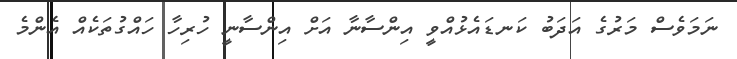
ނަމަވެސް މަރުގެ އަދަބު ކަނޑައެޅުއްވީ އިންސާނާ އަށް އިންސާނީ ހުރިހާ ހައްގުތަކެއް އެންމެ